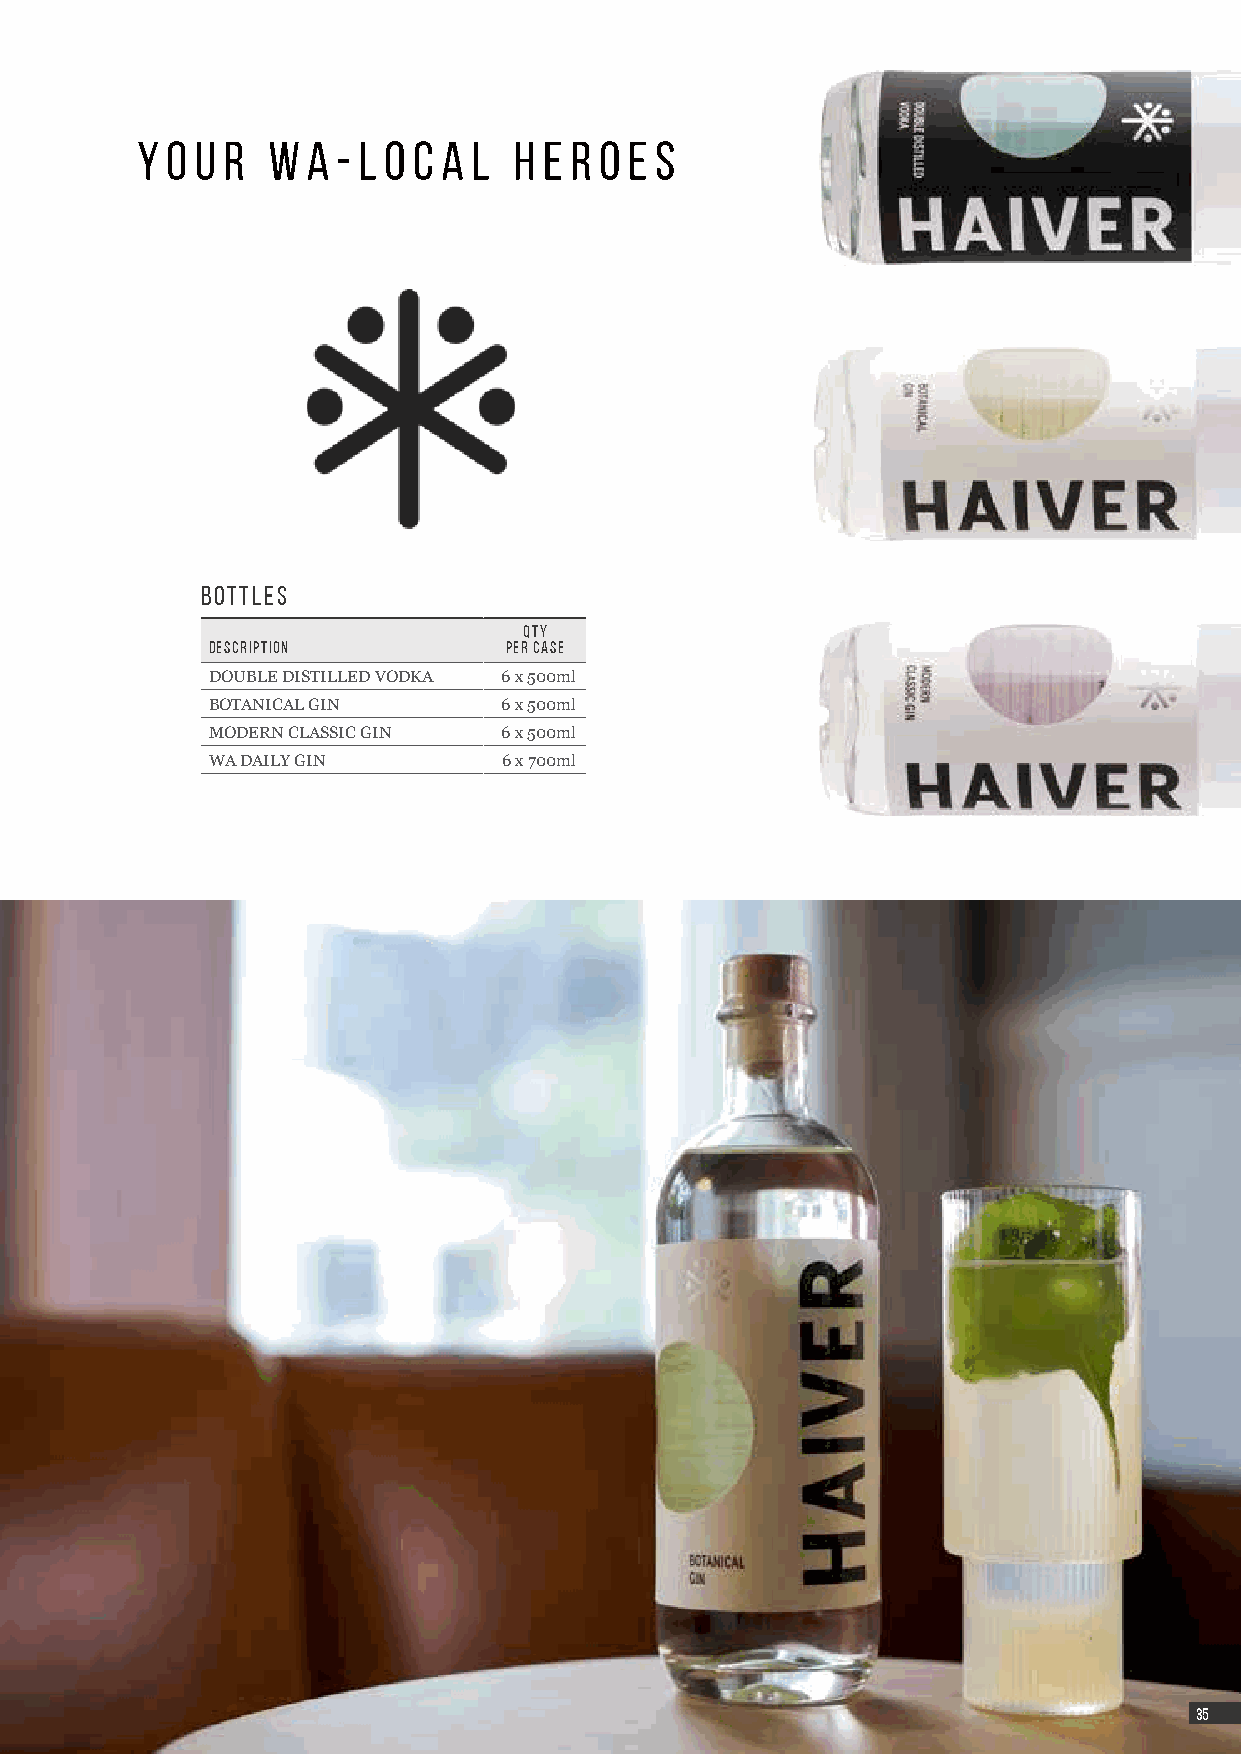
y o u r  w a - l o c a l h e r o e s
 BOTTLES
 QTY
 DESCRIPTION        PER CASE
 DOUBLE DISTILLED VODKA 6 x 500ml
 BOTANICAL GIN      6 x 500ml
 MODERN CLASSIC GIN 6 x 500ml
 WA DAILY GIN       6 x 700ml
 3355